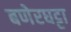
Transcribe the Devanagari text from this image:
बणेरघट्टा